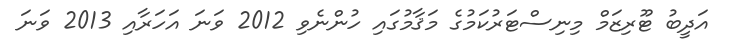
އަދީބު ޓޫރިޒަމް މިނިސްޓަރުކަމުގެ މަޤާމުގައި ހުންނެވި 2012 ވަނަ އަހަރާއި 2013 ވަނަ